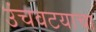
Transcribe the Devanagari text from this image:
उंचवटयाचा